Medical and sanitary report of the native army of Madras for the year
Year: 1878
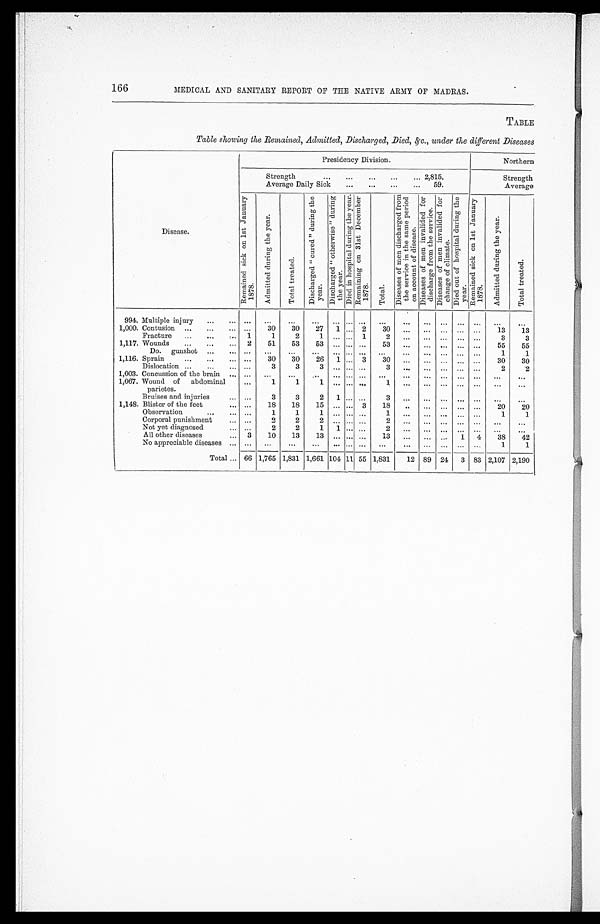
166
MEDICAL AND SANITARY REPORT OF THE NATIVE ARMY OF MADRAS.
TABLE
Table showing the Remained, Admitted, Discharged, Died, &c. under the different Diseases
Presidency Division.
Northern
Disease.
Strength . . .
2,815.
Average Daily Sick . . .
59.
Strength
Average
R e m a i n e d S i c k o n 1 s t J a n u a r y 1 8 7 8 .
A d m i t t e d d u r i n g t h e y e a r .
T o t a l t r e a t e d .
D i s c h a r g e d " c u r e d " d u r i n g t h e y e a r .
D i s c h a r g e d " o t h e r w i s e " d u r i n g t h e y e a r .
D i e d o n h o s p i t a l d u r i n g t h e y e a r . R e m a i n i n g o n 3 1 s t D e c e m b e r 1 8 7 8 .
T o t a l .
D i s e a s e s o f m e n d i s c h a r g e d f r o m t h e s e r v i c e i n t h e s a m e p e r i o d o n a c c o u n t o f d i s e a s e .
D i s e a s e s o f m e n i n v a l i d e d f o r d i s c h a r g e f r o m t h e s e r v i c e .
D i s e a s e s o f m e n i n v a l i d e d f o r c h a n g e o f c l i m a t e .
D i e d o u t o f h o s p i t a l d u r i n g t h e y e a r .
R e m a i n e d s i c k o n 1 s t J a n u a r y 1 8 7 8 .
A d m i t t e d d u r i n g t h e y e a r .
T o t a l t r e a t e d .
994. Multiple injury . . .
. . .
. . .
. . .
. . .
. . . . . .
. . .
. . .
. . .
. . .
. . .
. . .
. . .
. . .
. . .
1,000. Contusion . . .
. . .
30
30
27
1 . . .
2
30
. . .
. . .
. . .
. . .
. . .
13
13
Fract ure . . .
1
1
2
1
. . . . . .
1
2 . . .
. . .
. . .
. . .
. . .
3
3
1,117. Wounds . . .
2
51
53
53
. . . . . .
. . .
5 3
. . .
. . .
. . .
. . .
. . .
55
55
Do.
gunshot . . .
. . .
. . .
. . .
. . .
. . . . . .
. . .
. . .
. . .
. . .
. . .
. . .
. . .
1
1
1,116. Sprain . . .
. . .
3 0
30
26
1 . . .
3
3 0 . . .
. . .
. . .
. . .
. . .
30
30
Dislocation . . .
. . .
3
3
3
. . .. . .
. . .
3 . . .
. . .
. . .
. . .
. . .
2
2
1 ,003. Concussion of the brain . . .
. . .
. . .
. . .
. . .
. . . . . .
. . .
. . .
. . .
. . .
. . .
. . .
. . .
. . .
. . .
1,067. Wound
of
abdominal
parietes.
. . .
1
1
1
. . .. . .
. . .
1
. . .
. . .
. . .
. . .
. . .
. . .
. . .
Bruises and injuries . . .
. . .
3
3
2
1 . . .
. . .
3
. . .
. . .
. . .
. . .
. . .
. . .
. . .
1,148. Blister of the feet . . .
. . .
18
18
15
. . . . . .
3
1 8
. . .
. . .
. . .
. . .
. . .
20
20
Observation . . .
. . .
1
1
1
. . . . . .
. . .
1
. . .
. . .
. . .
. . .
. . .
1
1
Corporal punishment . . .
. . .
2
2
2
. . . . . .
. . .
2
. . .
. . .
. . .
. . .
. . .
. . .
. . .
Not yet diagnosed . . .
. . .
2
2
1
1 . . .
. . .
2
. . .
. . .
. . .
. . .
. . .
. . .
. . .
All other diseases . . .
3
10
13
1 3
. . .. . .
. . .
13
. . .
. . .
. . .
1
4
38
42
No appreciable diseases . . .
. . .
. . .
. . .
. . .
. . . . . .
. . .
. . .
. . .
. . .
. . .
. . .
. . .
1
1
Total . . . 66 1,765 1,831 1,661 104 11 55 1,831
12
89
24
3
83 2,107 2,190